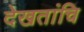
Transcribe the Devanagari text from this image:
देखतांचि